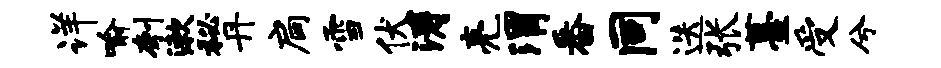
详喻刳漱秘丹扃雪伏涛亮渭番同迭张薹受兮